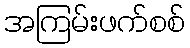
အကြမ်းဖက်စစ်